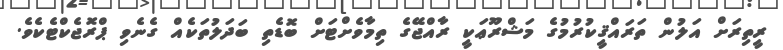
ރީތިރަށް އަލުން ތަރައްޤީކުރުމުގެ މަޝްރޫޢަކީ ރާއްޖޭގެ ތިމާވެށްޓަށް ބޮޑެތި ބަދަލުތަކެއް ގެނެވި ޕްރޮޖެކްޓެކެވެ.